Alphabetical list of drugs, medicines and other preparations free from, and containing, spirit compiled from the results of tests made by the customs houses at Calcutta, Bombay, and Madras
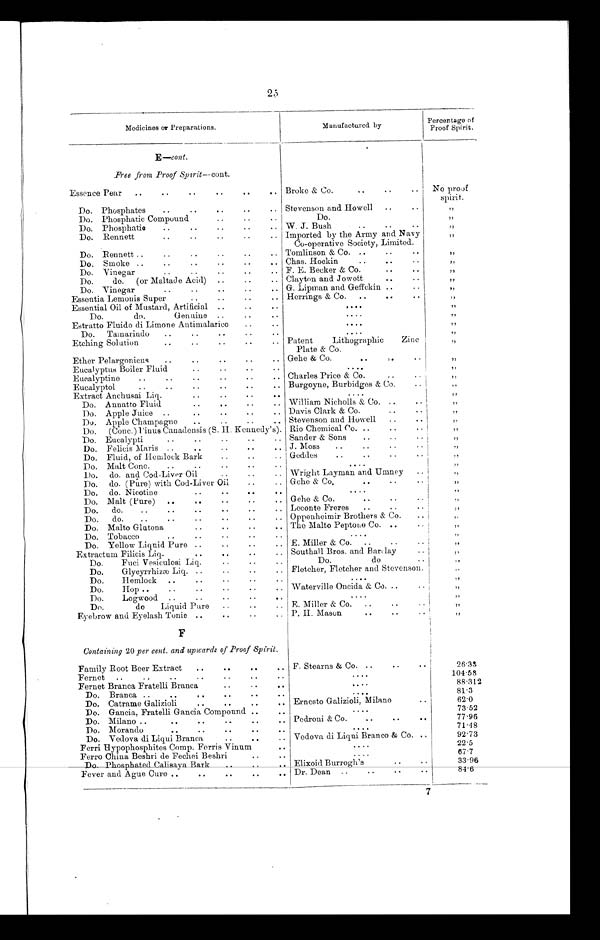
Medicines or Preparations.
Manufactured by
Percentage of
Proof Spirit.
E —cont.
Free from Proof Spirit—cont.
Essence Pear
..
..
..
..
..
.. Broke & Co.
..
..
..
No proof
spirit.
Do. Phosphates
..
..
..
..
.. Stevenson and Howell
..
..
„
Do. Phosphatic Compound
..
..
..
Do.
„
Do. Phosphatic
..
..
..
..
.. W. J. Bush
..
..
..
„
Do. Rennett
..
..
..
..
.. Imported by the Army and Navy
Co-operative Society, Limited.
„
Do. Rennett ..
..
..
..
..
.. Tomlinson & Co. ..
..
..
„
Do. Smoke ..
..
..
..
. . Chas. Hockin
..
..
„
Do. Vinegar
..
..
..
..
.. F. E. Becker & Co.
..
„
Do.
do.
(or Maltade Acid)
..
..
.. Clayton and Jowett
..
„
Do. Vinegar
..
..
..
..
.. G. Lipman and Geffckin...
„
Essentia Lemonis Super
..
..
..
.. Herrings & Co.
..
..
..
„
Essential Oil of Mustard, Artificial ..
..
. .
. . . .
„
Do.
do.
Genuine ..
..
..
....
„
Estratto Fluido di Limone Antimalarico..
. . . .
„
Do.
Tamarindo
..
..
..
..
.. ....
„
Etching Solution
..
..
..
.. Patent
Lithographic
Zinc
Plate & Co.
„
Ether Pelargonicus
..
..
..
..
.. Gehe & Co.
..
..
..
„
Eucalyptus Boiler Fluid
..
..
..
..
....
„
Eucalyptine
..
..
..
..
..
.. Charles Price & Co.
..
..
„
Eucalyptol
..
..
..
..
..
.. Burgoyne, Burbidges & Co.
„
Extract Anchusai Liq.
..
..
..
..
....
„
Do. Annatto Fluid
..
..
..
.. William Nicholls & Co. ..
„
Do. Apple Juice ..
..
..
..
.. Davis Clark & Co.
..
..
„
Do. Apple Champagne
..
..
..
.. Stevenson and Howell
..
„
Do.
(Conc.) Pinus Canadensis (S. H. Kennedy's). Rio Chemical Co. ..
..
„
Do. Eucalypti
..
..
..
..
.. Sander & Sons
..
..
.. ..
„
Do. Felicis Maris ..
..
..
..
. . J. Moss
..
..
..
..
„
Do. Fluid, of Hemlock Bark
..
..
.. Geddes
..
..
..
..
„
Do. Malt Conc.
..
..
..
..
..
....
„
Do. do. and Cod-Liver Oil
..
..
.. Wright Layman and Umney
..
„
Do. do. (Pure) with Cod-Liver Oil
.. Gehe & Co.
..
..
„
Do. do. Nicotine
....
. . .
.
....
„
Do. Malt (Pure)
..
..
..
..
. . Gehe & Co.
..
..
„
Do.
do.
..
..
..
..
..
Leconte Freres
..
..
„
Do.
do.
..
..
..
.. Oppenheimir Brothers & Co.
..
,
Do. Malto Glutena
..
..
..
. . The Malto Peptone Co. ..
„
Do. Tobacco
..
..
..
..
..
....
„
Do. Yellow Liquid Pure ..
..
..
.. E. Miller & Co.
..
..
..
„
Extractum Filicis Liq.
..
..
..
.. Southall Bros. and Barclay
. .
„
Do.
Fuci Vesiculosi Liq.
..
..
Do.
do
„
Do.
Glycyrrhizæ Liq. ..
..
..
.. Fletcher, Fletcher and Stevenson..
,.
Do.
Hemlock ..
..
..
..
..
. . . .
„
Do.
Hop ..
..
..
..
. . Waterville Oncida & Co...
..
„
Do.
Logwood ..
..
..
..
..
....
„
Do.
do
Liquid Pure
..
..
.. E. Miller & Co.
..
..
„
Eyebrow and Eyelash Tonic ..
..
..
. . P. H. Mason
..
..
...
„
F
Containing 20 per cent. and upwards of Proof Spirit.
Family Root Beer Extract
.. ...
. . . F. Stearns & Co. ..
..
2 6 . 3 3
Fernet ..
..
..
..
..
. .
....
1 0 4 . 5 8
Fernet Branca Fratelli Branca
..
..
. .
....
88.312
Do. Branca ..
..
....
..
. .
. . . .
81.3
Do. Catrame Galizioli
..
..
..
.. Ernesto Galizioli, Milano
..
62.0
Do. Gancia, Fratelli Gancia Compound ..
..
....
73.52
Do. Milano ..
..
..
..
..
.. Pedroni & Co.
..
..
..
77.96
Do. Morando
..
.
..
..
. .
....
71.48
Do. Vedova di Ligui Branca
..
.. Vedova di Liqui Branco & Co.
92.73
Ferri Hypophosphites Comp. Ferris Vinum
. .
. . . .
22.5
Ferro China Beshri de Fechei Beshri
..
....
67.7
Do. Phosphated Calisaya Bark . .
. . Elixoid Burrogh's
..
..
33.96
Fever and Ague Cure ..
..
..
..
.. Dr. Dean ..
..
..
..
84.6
7